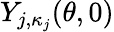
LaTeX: Y_{j,\kappa_{j}}(\theta,0)